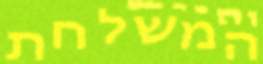
המשלחת